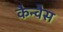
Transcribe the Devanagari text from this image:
कैन्वैस